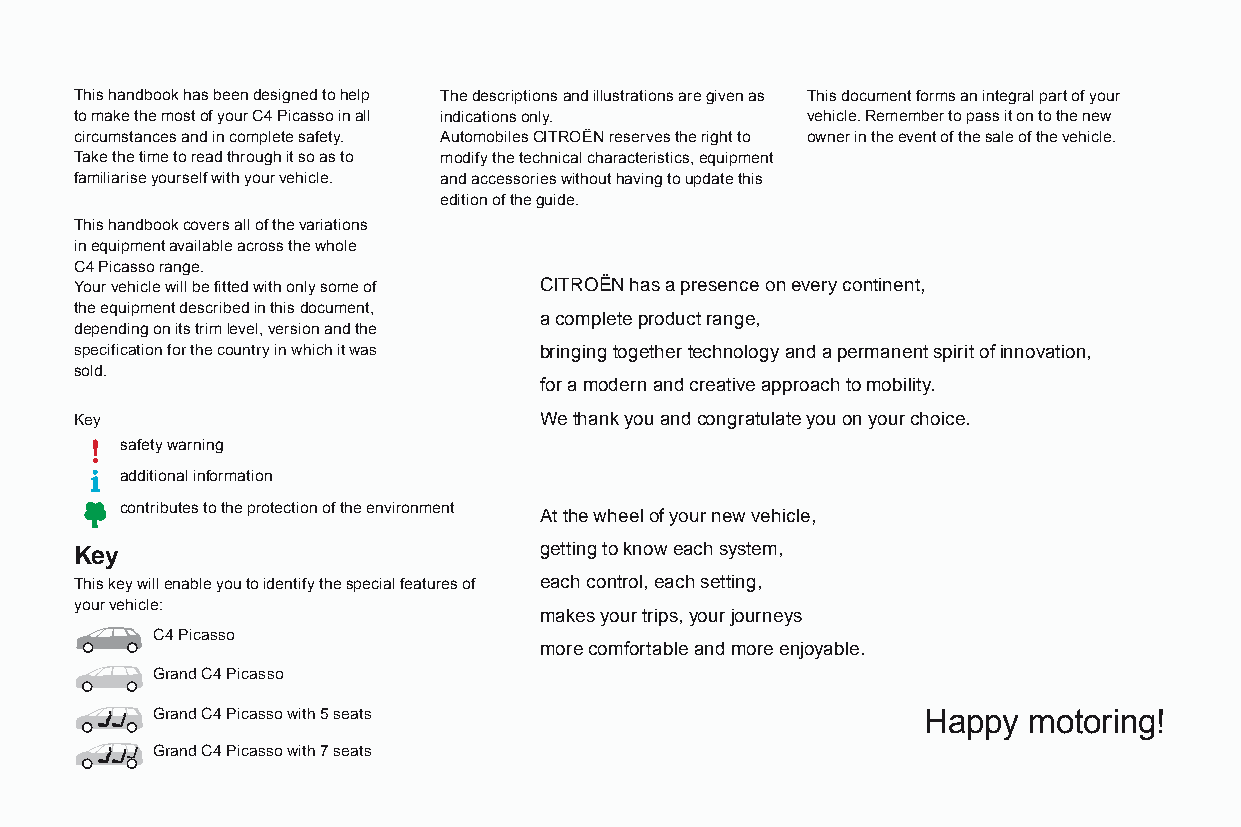
This handbook has been designed to help The descriptions and illustrations are given as This document forms an integral part of your
 to make the most of your C4 Picasso in all indications only. vehicle. Remember to pass it on to the new
 circumstances and in complete safety. Automobiles CITROËN reserves the right to owner in the event of the sale of the vehicle.
 Take the time to read through it so as to modify the technical characteristics, equipment
 familiarise yourself with your vehicle. and accessories without having to update this
 edition of the guide.
 This handbook covers all of the variations
 in equipment available across the whole
 C4 Picasso range.
 Your vehicle will be fitted with only some of CITRoËn has a presence on every continent,
 the equipment described in this document,
 a complete product range,
 depending on its trim level, version and the
 specification for the country in which it was bringing together technology and a permanent spirit of innovation,
 sold.
 for a modern and creative approach to mobility.
 key                            We thank you and congratulate you on your choice.
 safety warning
 additional information
 contributes to the protection of the environment
 at the wheel of your new vehicle,
 Key                            getting to know each system,
 This key will enable you to identify the special features of each control, each setting,
 your vehicle:
 makes your trips, your journeys
 C4 Picasso
 more comfortable and more enjoyable.
 Grand C4 Picasso
 Grand C4 Picasso with 5 seats                      Happy  motoring!
 Grand C4 Picasso with 7 seats